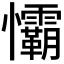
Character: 𢥻